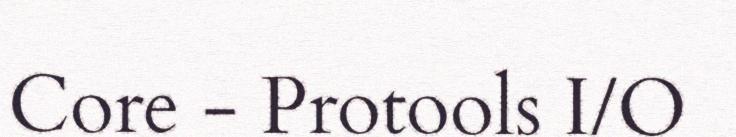
Core - Protools I/O